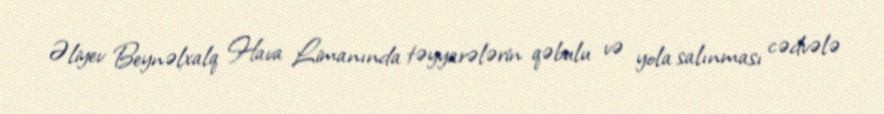
Əliyev Beynəlxalq Hava Limanında təyyarələrin qəbulu və yola salınması cədvələ